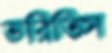
ভরিতিস